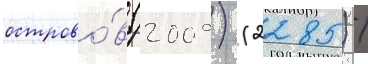
острово́в (2009) (2285) /